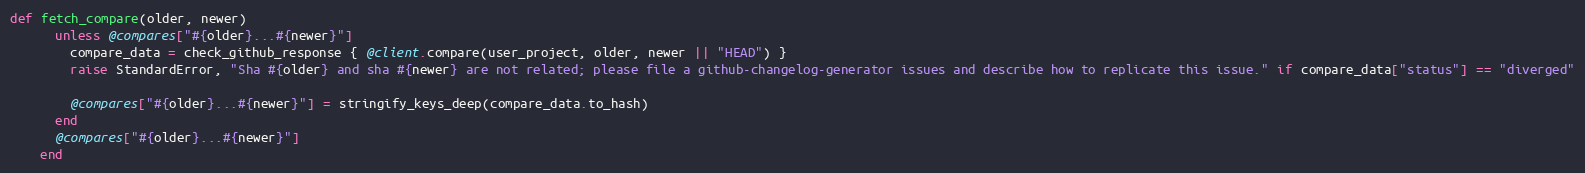
Language: Ruby
def fetch_compare(older, newer)
      unless @compares["#{older}...#{newer}"]
        compare_data = check_github_response { @client.compare(user_project, older, newer || "HEAD") }
        raise StandardError, "Sha #{older} and sha #{newer} are not related; please file a github-changelog-generator issues and describe how to replicate this issue." if compare_data["status"] == "diverged"

        @compares["#{older}...#{newer}"] = stringify_keys_deep(compare_data.to_hash)
      end
      @compares["#{older}...#{newer}"]
    end